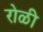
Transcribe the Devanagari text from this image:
रोळी